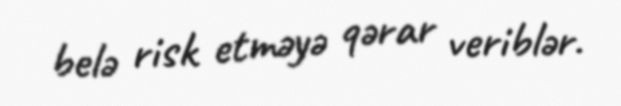
belə risk etməyə qərar veriblər.